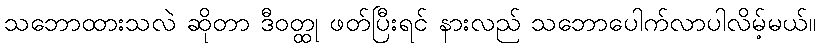
သဘောထားသလဲ ဆိုတာ ဒီဝတ္ထု ဖတ်ပြီးရင် နားလည် သဘောပေါက်လာပါလိမ့်မယ်။